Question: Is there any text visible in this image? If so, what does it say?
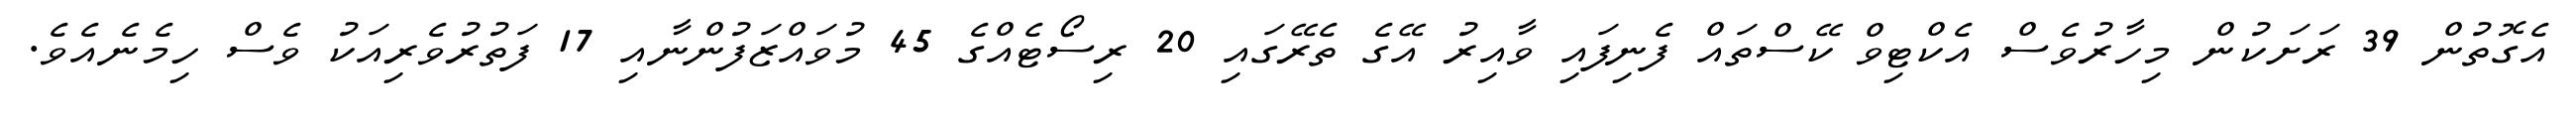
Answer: އެގޮތުން 39 ރަށަކުން މިހާރުވެސް އެކްޓިވް ކޭސްތައް ފެނިފައި ވާއިރު އޭގެ ތެރޭގައި 20 ރިސޯޓެއްގެ 45 މުވައްޒަފުންނާއި 17 ފަތުރުވެރިއަކު ވެސް ހިމެނެއެވެ.